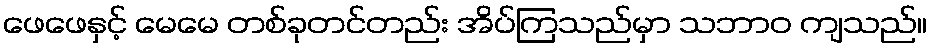
ဖေဖေနှင့် မေမေ တစ်ခုတင်တည်း အိပ်ကြသည်မှာ သဘာဝ ကျသည်။